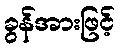
ခွန်အားဖြင့်